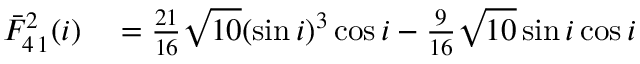
\begin{array} { r l } { \bar { F } _ { 4 \, 1 } ^ { 2 } ( i ) } & { { } = \frac { 2 1 } { 1 6 } \sqrt { 1 0 } ( \sin i ) ^ { 3 } \cos i - \frac { 9 } { 1 6 } \sqrt { 1 0 } \sin i \cos i } \end{array}